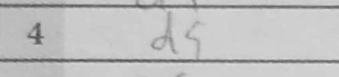
Transcription: d5